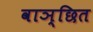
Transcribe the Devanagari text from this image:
वाञ्छित